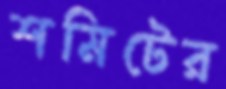
শমিটের